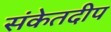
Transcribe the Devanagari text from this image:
संकेतदीप